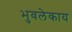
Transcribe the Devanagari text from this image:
भुवलेकाय